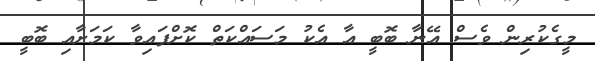
މީގެކުރިން ވެސް އޭނާ ބޮބީ އާ އެކު މަސައްކަތް ކޮށްފައިވާ ކަމަށާއި ބޮބީ